Report on lock hospitals in British Burma
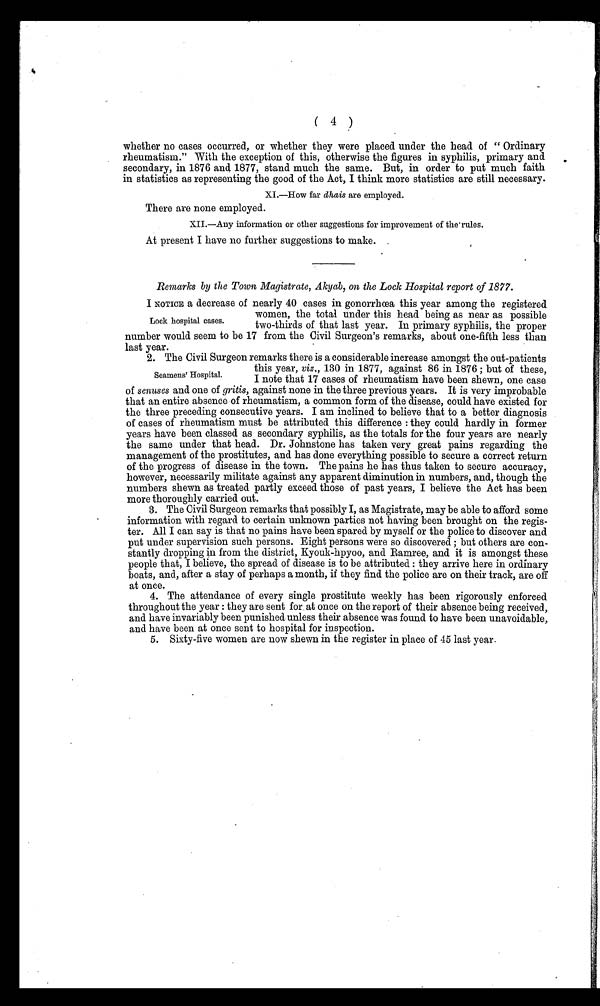
( 4 )
whether no cases occurred, or whether they were placed under the head of " Ordinary
rheumatism." With the exception of this, otherwise the figures in syphilis, primary and
secondary, in 1876 and 1877, stand much the same. But, in order to put much faith
in statistics as representing the good of the Act, I think more statistics are still necessary.
XI.—How far dhais are emploved.
There are none employed.
XII.—Any information or other suggestions for improvement of the rules.
At present I have no further suggestions to make.
Remarks by the Town Magistrate, Akyab, on the Lock Hospital report of 1877.
I NOTICE a decrease of nearly 40 cases in gonorrhoea this year among the registered
women, the total under this head being as near as possible
two-thirds of that last year. In primary syphilis, the proper
number would seem to be 17 from the Civil Surgeon's remarks, about one-fifth less than
last year.
2. The Civil Surgeon remarks there is a considerable increase amongst the out-patients
this year, viz,, 130 in 1877, against 86 in 1876 ; but of these,
I note that 17 cases of rheumatism have been shewn, one case
of senuses and one of gritis, against none in the three previous years. It is very improbable
that an entire absence of rheumatism, a common form of the disease, could have existed for
the three preceding consecutive years. I am inclined to believe that to a better diagnosis
of cases of rheumatism must be attributed this difference : they could hardly in former
years have been classed as secondary syphilis, as the totals for the four years are nearly
the same under that head. Dr. Johnstone has taken very great pains regarding the
management of the prostitutes, and has done everything possible to secure a correct return
of the progress of disease in the town. The pains he has thus taken to secure accuracy,
however, necessarily militate against any apparent diminution in numbers, and, though the
numbers shewn as treated partly exceed those of past years, I believe the Act has been
more thoroughly carried out.
3. The Civil Surgeon remarks that possibly I, as Magistrate, may be able to afford some
information with regard to certain unknown parties not having been brought on the regis-
ter. All I can say is that no pains have been spared by myself or the police to discover and
put under supervision such persons. Eight persons were so discovered ; but others are con-
stantly dropping in from the district, Kyouk-hpyoo, and Ramree, and it is amongst these
people that, I believe, the spread of disease is to be attributed : they arrive here in ordinary
boats, and, after a stay of perhaps a month, if they find the police are on their track, are off
at once.
4. The attendance of every single prostitute weekly has been rigorously enforced
throughout the year : they are sent for at once on the report of their absence being received,
and have invariably been punished unless their absence was found to have been unavoidable,
and have been at once sent to hospital for inspection.
5. Sixty-five women are now shewn in the register in place of 45 last year.
Lock hospital cases.
Seamens' Hospital.